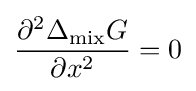
{\frac {\partial ^{2}\Delta _{\operatorname {mix} }G}{\partial x^{2}}}=0